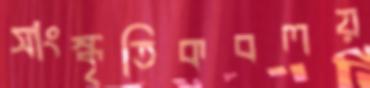
সাংস্কৃতিকবলয়